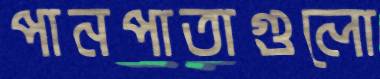
পানপাতাগুলো